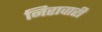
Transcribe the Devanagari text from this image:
निरावारी